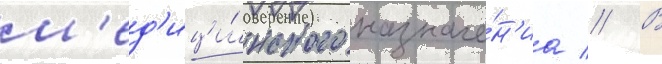
м'ед'ици́нского назначе́н'иа // В